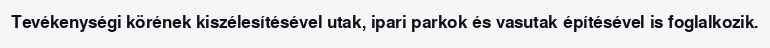
Tevékenységi körének kiszélesítésével utak, ipari parkok és vasutak építésével is foglalkozik.